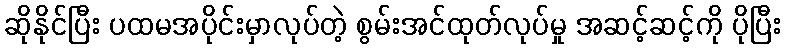
ဆိုနိုင်ပြီး ပထမအပိုင်းမှာလုပ်တဲ့ စွမ်းအင်ထုတ်လုပ်မှု အဆင့်ဆင့်ကို ပိုပြီး